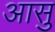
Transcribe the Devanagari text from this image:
आसु